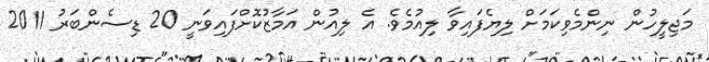
މަޖިލީހުން ނިންމެވިކަމަށް ލިޔެފައިވާ ލިއުމެވެ. އެ ލިއުން އަމާޒުކޮށްފައިވަނީ 20 ޑިސެންބަރު 2011